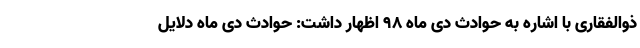
ذوالفقاری با اشاره به حوادث دی ماه ۹۸ اظهار داشت: حوادث دی ماه دلایل